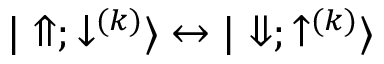
{ | \Uparrow ; \downarrow ^ { ( k ) } \rangle \leftrightarrow | \Downarrow ; \uparrow ^ { ( k ) } \rangle }